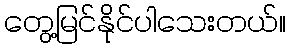
တွေ့မြင်နိုင်ပါသေးတယ်။